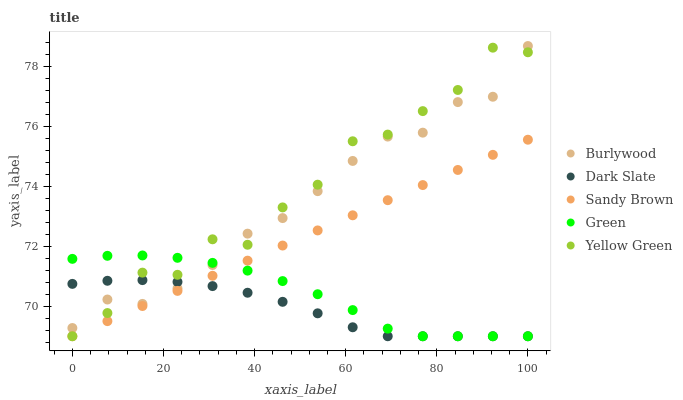
| xaxis_label | Burlywood | Dark Slate | Sandy Brown | Green | Yellow Green |
 | --- | --- | --- | --- | --- | --- |
 | 0 | 69.3 | 70.7 | 69 | 71.6 | 69 |
 | 7.69 | 70.2 | 70.8 | 69.5 | 71.7 | 69.8 |
 | 15.4 | 70.1 | 70.9 | 70 | 71.7 | 71.1 |
 | 23.1 | 70.6 | 70.8 | 70.5 | 71.6 | 71 |
 | 30.8 | 71.4 | 70.7 | 71 | 71.4 | 72.2 |
 | 38.5 | 72.4 | 70.4 | 71.5 | 71.2 | 72 |
 | 46.2 | 72.9 | 70.1 | 72 | 70.8 | 73.3 |
 | 53.8 | 73.8 | 69.8 | 72.5 | 70.4 | 74 |
 | 61.5 | 74.8 | 69.3 | 73 | 69.9 | 75.5 |
 | 69.2 | 75.7 | 69 | 73.5 | 69.3 | 75.7 |
 | 76.9 | 75.8 | 69 | 74 | 69 | 76.5 |
 | 84.6 | 76.8 | 69 | 74.5 | 69 | 77.2 |
 | 92.3 | 77 | 69 | 75 | 69 | 78.6 |
 | 100 | 78.7 | 69 | 75.5 | 69 | 78.5 |